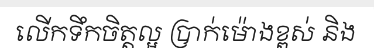
លើកទឹកចិត្តល្អ ប្រាក់ម៉ោងខ្ពស់ និង